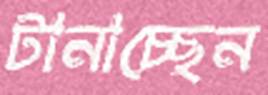
টানাচ্ছেন